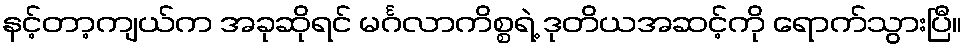
နင့်တာ့ကျယ်က အခုဆိုရင် မင်္ဂလာကိစ္စရဲ့ ဒုတိယအဆင့်ကို ရောက်သွားပြီ။